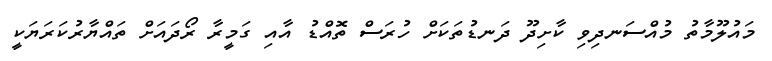
މައުލޫމާތު މުއްސަނދިވި ކާށިދޫ ދަނޑުތަކަށް ހުރަސް ތޮއްޑު އާއި ގަމީރާ ރޯދައަށް ތައްޔާރުކަރަޔަކީ